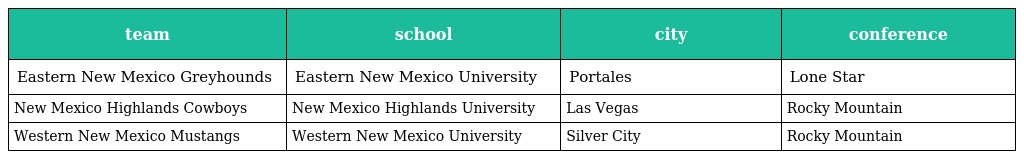
| team | school | city | conference |
 | --- | --- | --- | --- |
 | Eastern New Mexico Greyhounds | Eastern New Mexico University | Portales | Lone Star |
 | New Mexico Highlands Cowboys | New Mexico Highlands University | Las Vegas | Rocky Mountain |
 | Western New Mexico Mustangs | Western New Mexico University | Silver City | Rocky Mountain |